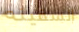
السفينه